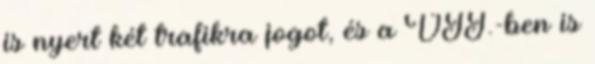
is nyert két trafikra jogot, és a VII.-ben is